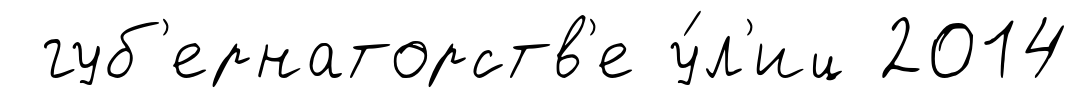
губ'ернаторств'е у́л'иц 2014